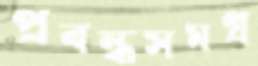
প্রবন্ধসমগ্র